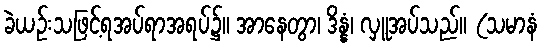
ခဲယဉ်းသဖြင့်ရအပ်ရာအရပ်၌။ အာနေတွာ၊ ဒိန္နံ၊ လှူအပ်သည်။ (သမာနံ